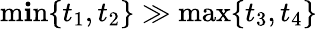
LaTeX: \operatorname*{m\mathbf{i}n}\{ t_{1},t_{2}\} \gg\operatorname*{max}\{ t_{3},t_{4}\}